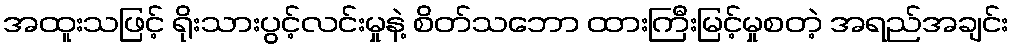
အထူးသဖြင့် ရိုးသားပွင့်လင်းမှုနဲ့ စိတ်သဘော ထားကြီးမြင့်မှုစတဲ့ အရည်အချင်း